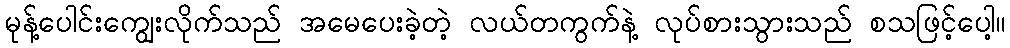
မုန့်ပေါင်းကျွေးလိုက်သည် အမေပေးခဲ့တဲ့ လယ်တကွက်နဲ့ လုပ်စားသွားသည် စသဖြင့်ပေါ့။